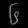
Digit: ၆